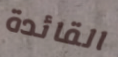
القائدة